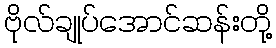
ဗိုလ်ချုပ်အောင်ဆန်းတို့